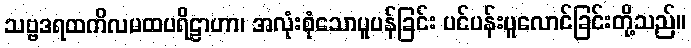
သဗ္ဗဒရထကိလမထပရိဠာဟာ၊ အလုံးစုံသောပူပန်ခြင်း ပင်ပန်းပူလောင်ခြင်းတို့သည်။